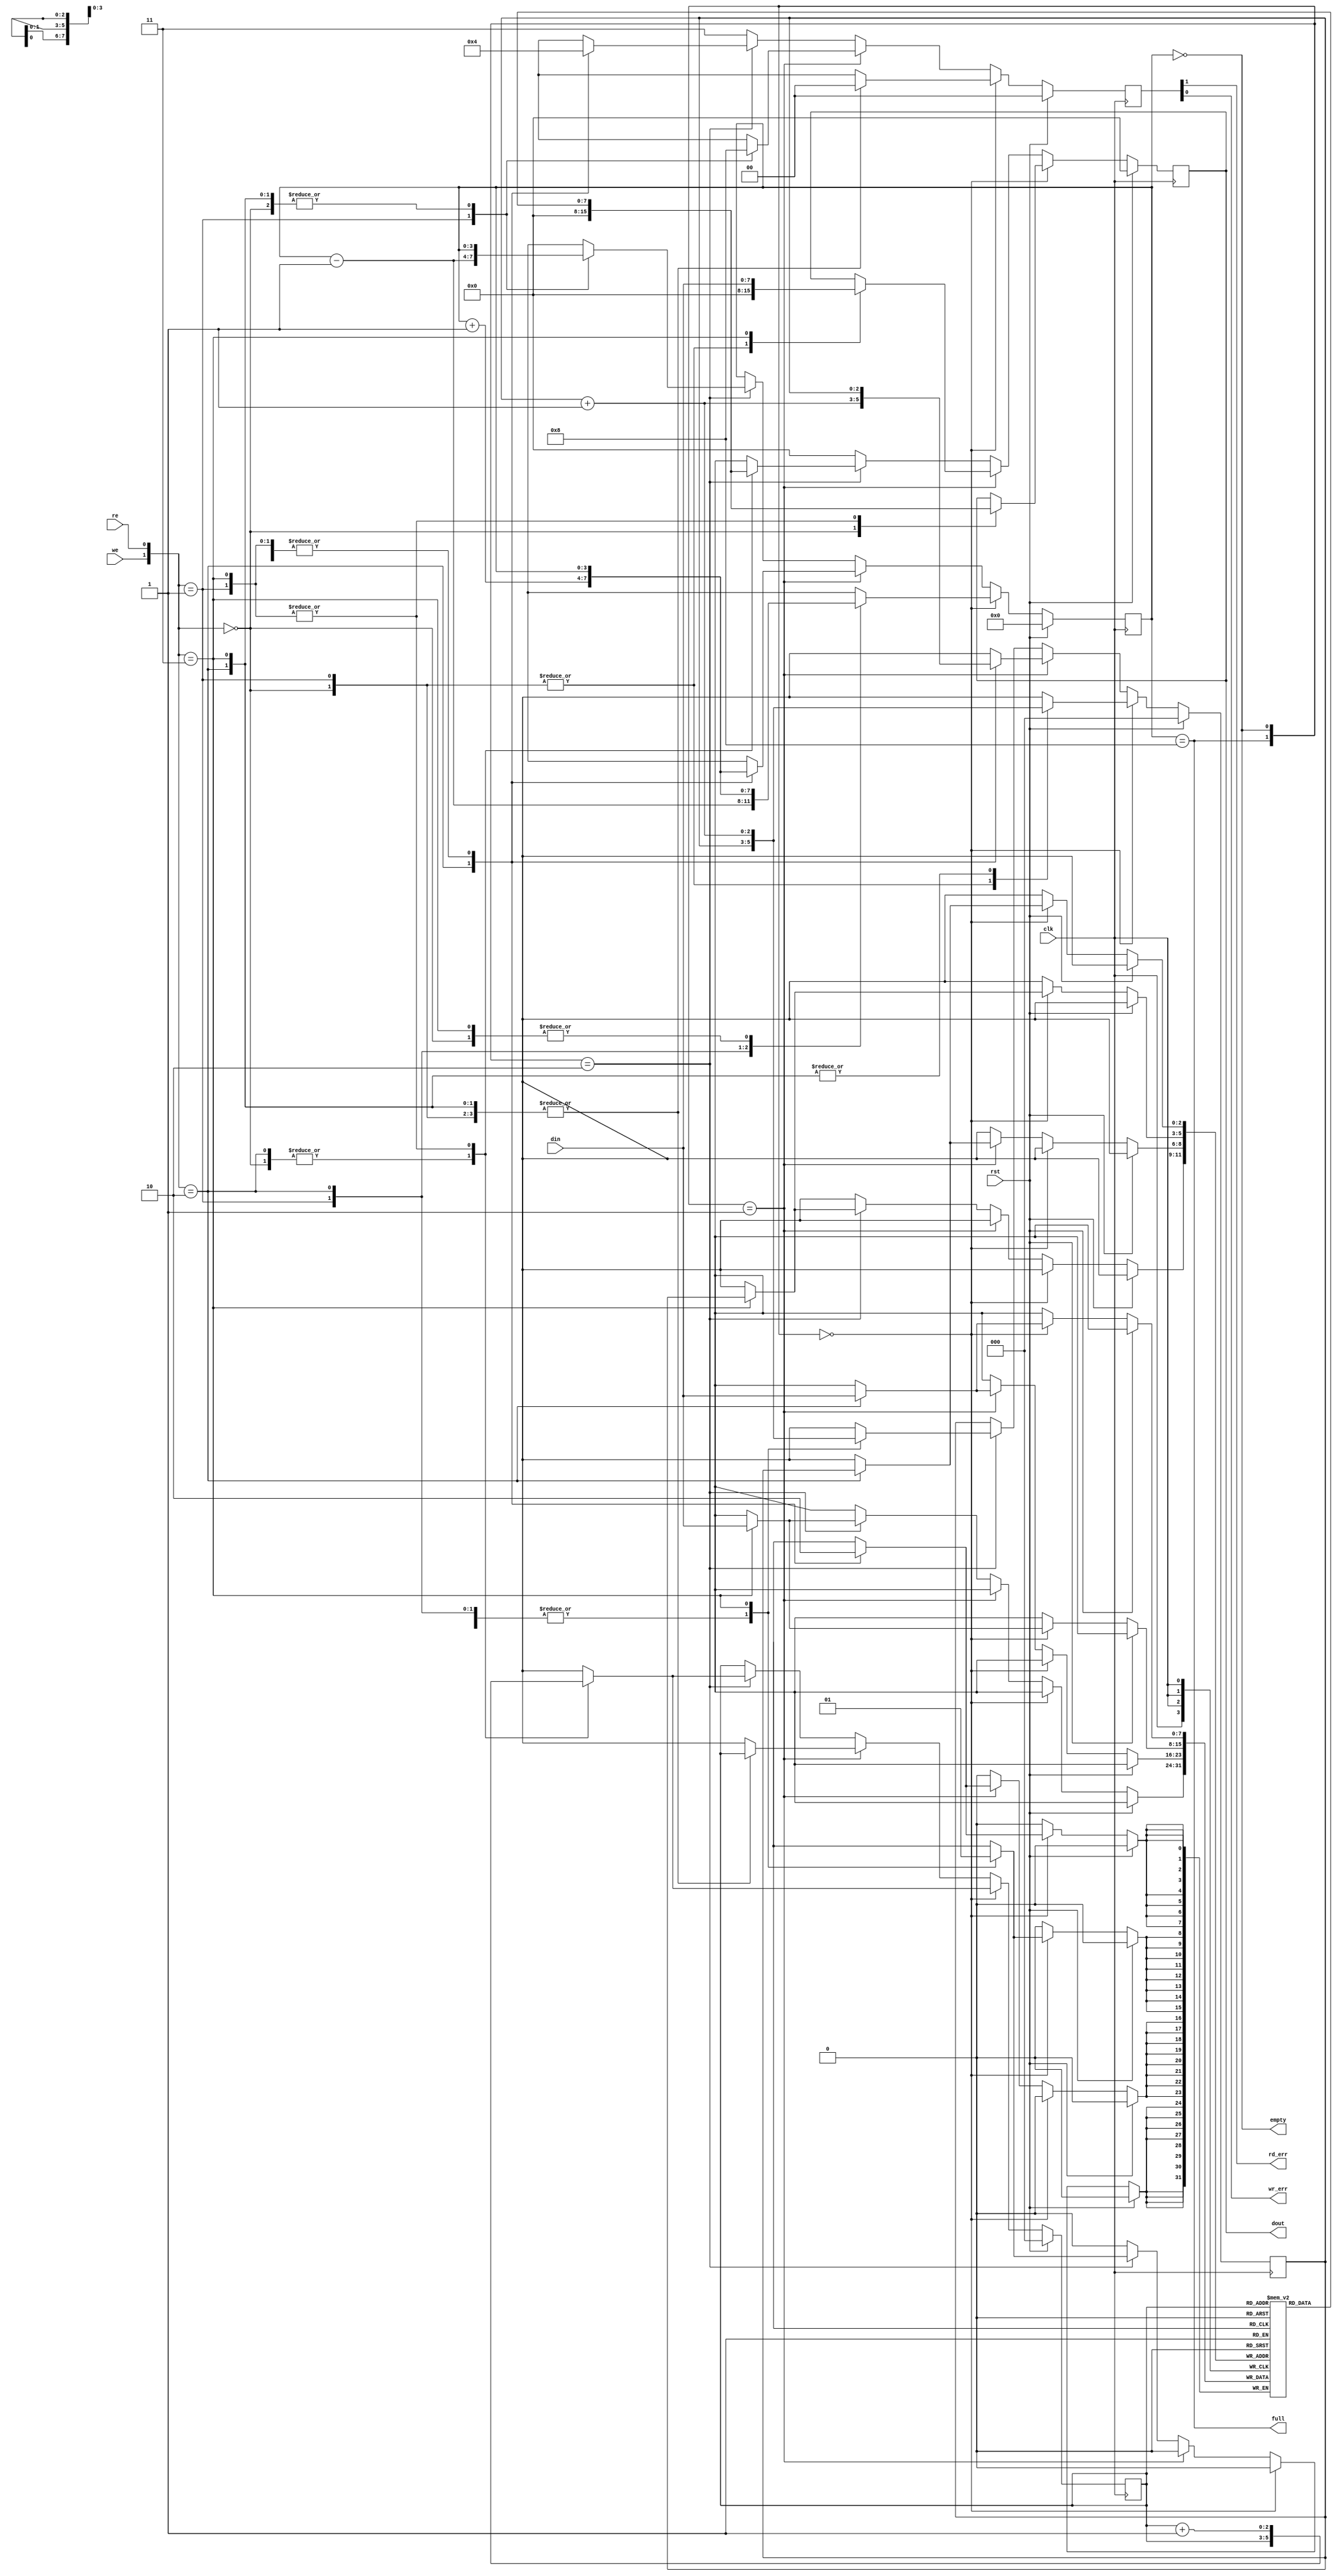
module sync_FIFO (
	input clk,rst,we,re,
	input [7:0]din,
	output empty,full,rd_err,wr_err,
	output reg [7:0]dout
	);

reg [7:0]fifo[0:7];
reg [3:0]data_count;
reg [2:0]rd_ptr,wr_ptr;
reg [1:0]flag,err;	//flag[1] = full, flag[0] = empty
							//err[1] = rd_err, err[0] = wr_err

assign {full,empty} = flag;
assign {rd_err,wr_err} = err;
							
always @(posedge clk) begin
	
	if(rst) begin
		rd_ptr <= 1'b0;
		wr_ptr <= 1'b0;
		data_count <= 4'd0;
		dout <= 8'd0;
		err <= 2'b00;
	end
	else begin
		if(flag == 2'b00) begin		//partially filled fifo
			case({we,re})
				2'b00 : 	begin			//no-op
							dout <= 8'd0;
							err <= 2'b00;
							rd_ptr <= rd_ptr;
							wr_ptr <= wr_ptr;
							data_count <= data_count;
							end
				2'b01 :	begin			//read only
							dout <= fifo[rd_ptr];
							rd_ptr <= rd_ptr + 1'b1;
							wr_ptr <= wr_ptr;
							err <= 2'b00;
							data_count <= data_count - 1'b1;
							end
				2'b10 :	begin			//write only
							fifo[wr_ptr] <= din;
							wr_ptr <= wr_ptr + 1'b1;
							rd_ptr <= rd_ptr;
							err <= 2'b00;
							data_count <= data_count + 1'b1;
							end
				2'b11 :	begin			//read and write
							fifo[wr_ptr] <= din;
							dout <= fifo[rd_ptr];
							wr_ptr <= wr_ptr + 1'b1;
							rd_ptr <= rd_ptr + 1'b1;
							err <= 2'b00;
							data_count <= data_count;
							end							
			endcase
		end
		else if(flag == 2'b01) begin		//empty fifo
			case({we,re})
				2'b00 : 	begin			//no-op
							dout <= 8'd0;
							err <= 2'b00;
							rd_ptr <= rd_ptr;
							wr_ptr <= wr_ptr;
							data_count <= data_count;
							end
				2'b01 :	begin			//read only
							dout <= 8'd0;
							rd_ptr <= rd_ptr;
							wr_ptr <= wr_ptr;
							err <= 2'b10;		//read error
							data_count <= data_count;
							end
				2'b10 :	begin			//write only
							fifo[wr_ptr] <= din;
							wr_ptr <= wr_ptr + 1'b1;
							rd_ptr <= rd_ptr;
							err <= 2'b00;
							data_count <= data_count + 1'b1;
							end
				2'b11 :	begin			//read and write
							dout <= din;		//directly output data in
							wr_ptr <= wr_ptr;
							rd_ptr <= rd_ptr;
							err <= 2'b00;
							data_count <= data_count;
							end							
			endcase			
		end
		else if (flag == 2'b10) begin		//full fifo
			case({we,re})
				2'b00 : 	begin			//no-op
							dout <= 8'd0;
							err <= 2'b00;
							rd_ptr <= rd_ptr;
							wr_ptr <= wr_ptr;
							data_count <= data_count;
							end
				2'b01 :	begin			//read only
							dout <= fifo[rd_ptr];
							rd_ptr <= rd_ptr + 1'b1;
							wr_ptr <= wr_ptr;
							err <= 2'b00;
							data_count <= data_count - 1'b1;
							end
				2'b10 :	begin			//write only
							dout <= 8'd0;
							wr_ptr <= wr_ptr;
							rd_ptr <= rd_ptr;
							err <= 2'b01;		//write error
							data_count <= data_count;
							end
				2'b11 :	begin			//read and write
							fifo[wr_ptr] <= din;
							dout <= fifo[rd_ptr];
							wr_ptr <= wr_ptr + 1'b1;
							rd_ptr <= rd_ptr + 1'b1;
							err <= 2'b00;
							data_count <= data_count;
							end							
			endcase		
		end
		else begin
			dout <= 8'd0;
			rd_ptr <= rd_ptr;
			wr_ptr <= wr_ptr;
			data_count <= data_count;
			err <= 2'b11;
		end
	end
end

always @(data_count) begin
	flag = {(data_count == 4'd8),(data_count == 4'd0)};
end

endmodule